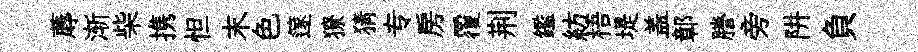
蓐渐柴携怛末色篴獠猜专房覆荆鑑紡梧堤盖鄣謄旁阱負